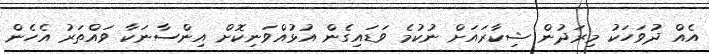
އެއް ދުވަހަކު މިރަދުން ޝިކާރައަށް ނުކުމެ ވަޑައިގެން އުޅުއްވަނިކޮށް އިންސާނަކާ ވައްތަރު އެހެން